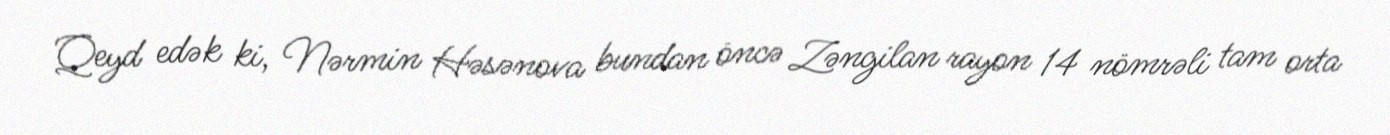
Qeyd edək ki, Nərmin Həsənova bundan öncə Zəngilan rayon 14 nömrəli tam orta